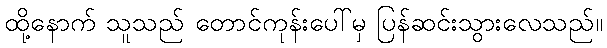
ထို့နောက် သူသည် တောင်ကုန်းပေါ်မှ ပြန်ဆင်းသွားလေသည်။